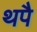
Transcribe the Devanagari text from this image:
थपै